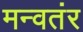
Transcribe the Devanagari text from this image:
मन्वतंर